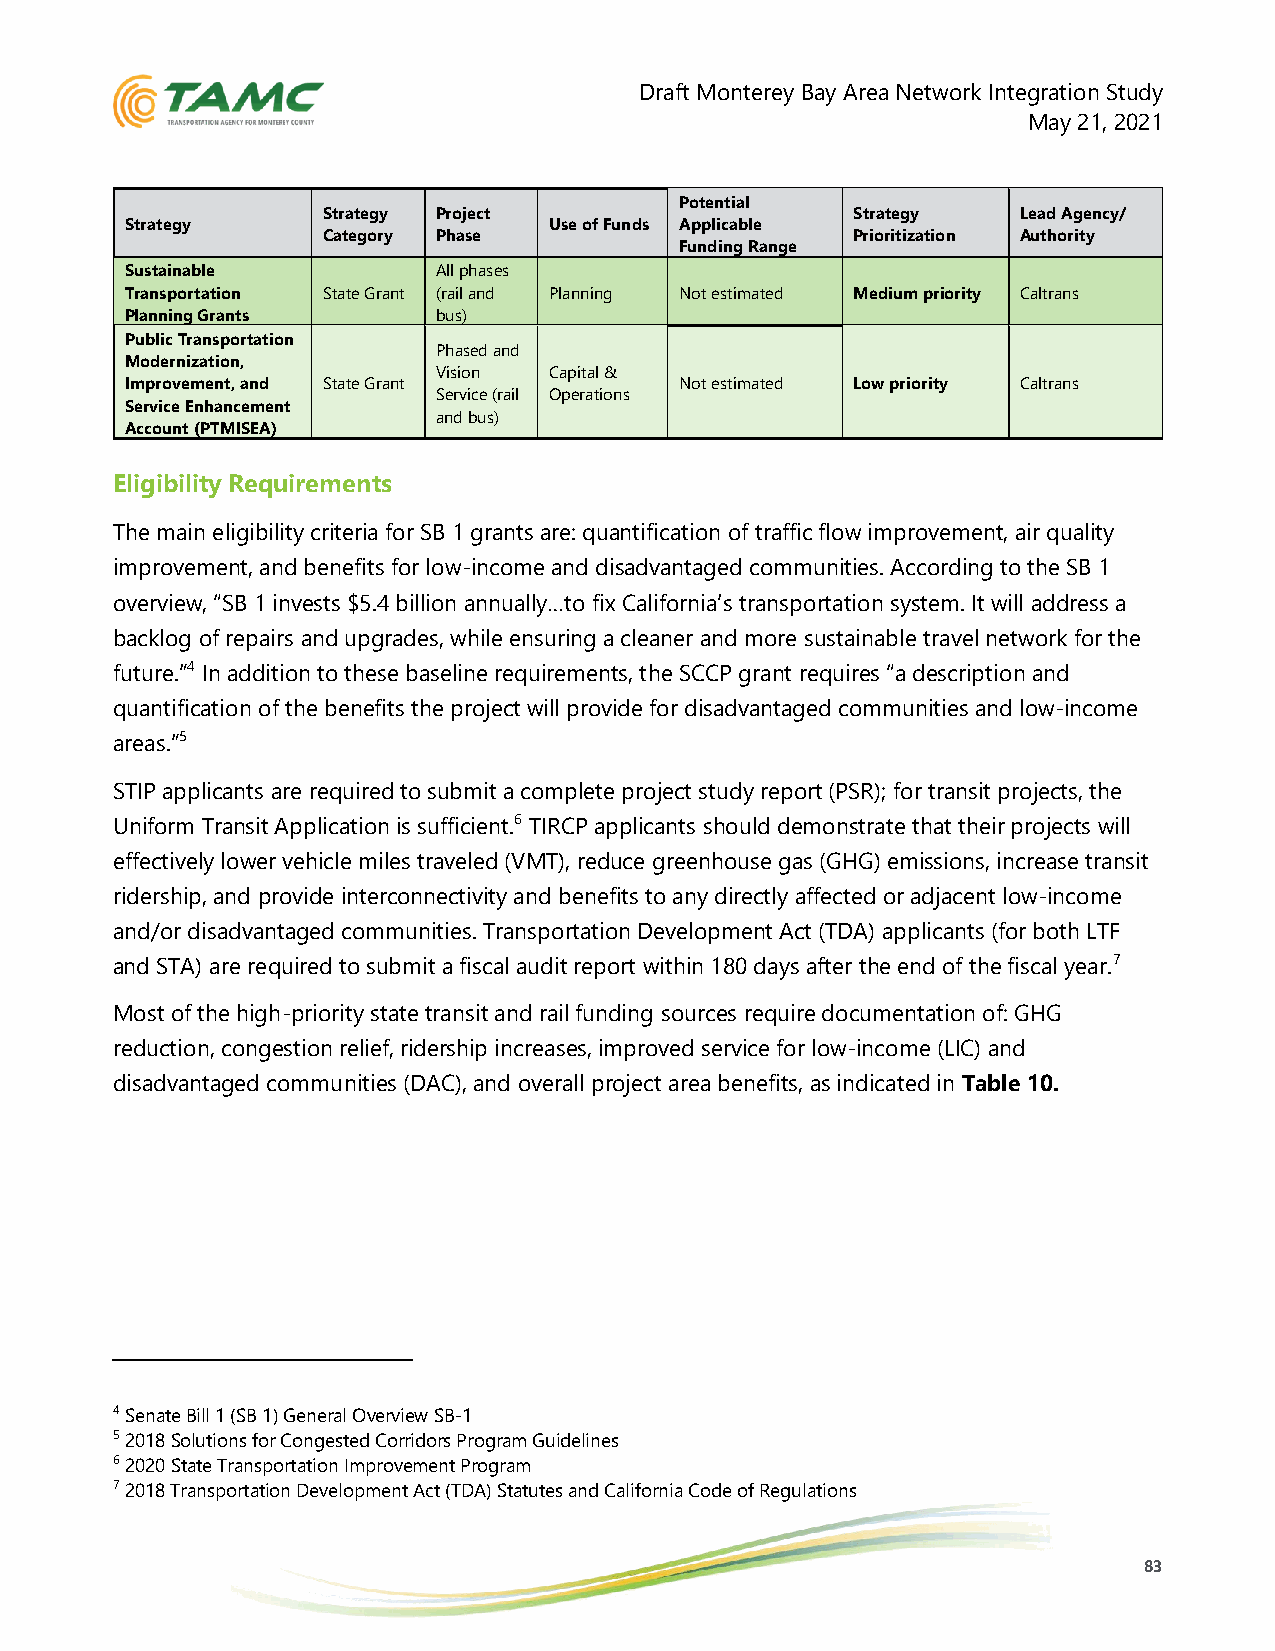
Draft Monterey Bay Area Network Integration Study
 May 21, 2021
 Potential
 Strategy Project                   Strategy    Lead Agency/
 Strategy                    Use of Funds Applicable
 Category Phase                     Prioritization Authority
 Funding Range
 Sustainable          All phases
 Transportation State Grant (rail and Planning Not estimated Medium priority Caltrans
 Planning Grants      bus)
 Public Transportation
 Phased and
 Modernization,
 Vision Capital &
 Improvement, and State Grant         Not estimated Low priority Caltrans
 Service (rail Operations
 Service Enhancement
 and bus)
 Account (PTMISEA)
 Eligibility Requirements
 The main eligibility criteria for SB 1 grants are: quantification of traffic flow improvement, air quality
 improvement, and benefits for low-income and disadvantaged communities. According to the SB 1
 overview, “SB 1 invests $5.4 billion annually…to fix California’s transportation system. It will address a
 backlog of repairs and upgrades, while ensuring a cleaner and more sustainable travel network for the
 future.”4 In addition to these baseline requirements, the SCCP grant requires “a description and
 quantification of the benefits the project will provide for disadvantaged communities and low-income
 areas.”5
 STIP applicants are required to submit a complete project study report (PSR); for transit projects, the
 Uniform Transit Application is sufficient.6 TIRCP applicants should demonstrate that their projects will
 effectively lower vehicle miles traveled (VMT), reduce greenhouse gas (GHG) emissions, increase transit
 ridership, and provide interconnectivity and benefits to any directly affected or adjacent low-income
 and/or disadvantaged communities. Transportation Development Act (TDA) applicants (for both LTF
 and STA) are required to submit a fiscal audit report within 180 days after the end of the fiscal year.7
 Most of the high-priority state transit and rail funding sources require documentation of: GHG
 reduction, congestion relief, ridership increases, improved service for low-income (LIC) and
 disadvantaged communities (DAC), and overall project area benefits, as indicated in Table 10.
 4 Senate Bill 1 (SB 1) General Overview SB-1
 5 2018 Solutions for Congested Corridors Program Guidelines
 6 2020 State Transportation Improvement Program
 7 2018 Transportation Development Act (TDA) Statutes and California Code of Regulations
 83